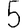
Digit: 5